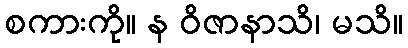
စကားကို။ န ဝိဇာနာသိ၊ မသိ။